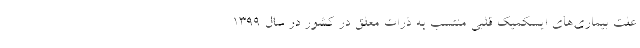
علت بیماری‌های ایسکمیک قلبی منتسب به ذرات معلق در کشور در سال ۱۳۹۹